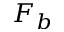
F _ { b }